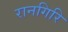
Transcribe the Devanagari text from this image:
रानगिरि